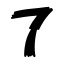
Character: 了